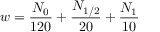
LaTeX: w = \frac { N _ { 0 } } { 1 2 0 } + \frac { N _ { 1 / 2 } } { 2 0 } + \frac { N _ { 1 } } { 1 0 }